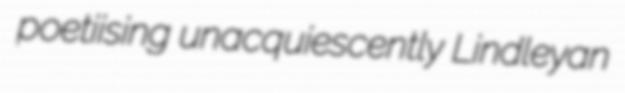
poetiising unacquiescently Lindleyan